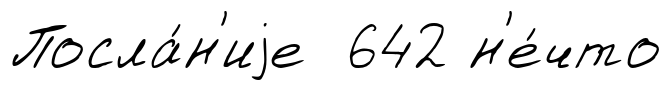
Посла́н'иjе 642 н'е́что